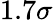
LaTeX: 1.7\sigma